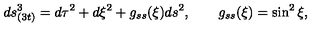
d s _ { ( 3 t ) } ^ { 3 } = d \tau ^ { 2 } + d \xi ^ { 2 } + g _ { s s } ( \xi ) d s ^ { 2 } , \qquad g _ { s s } ( \xi ) = \sin ^ { 2 } \xi ,